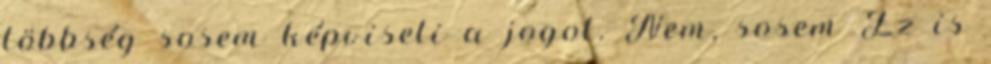
többség sosem képviseli a jogot. Nem, sosem Ez is